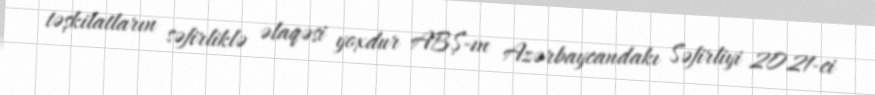
təşkilatların səfirliklə əlaqəsi yoxdur ABŞ-ın Azərbaycandakı Səfirliyi 2021-ci